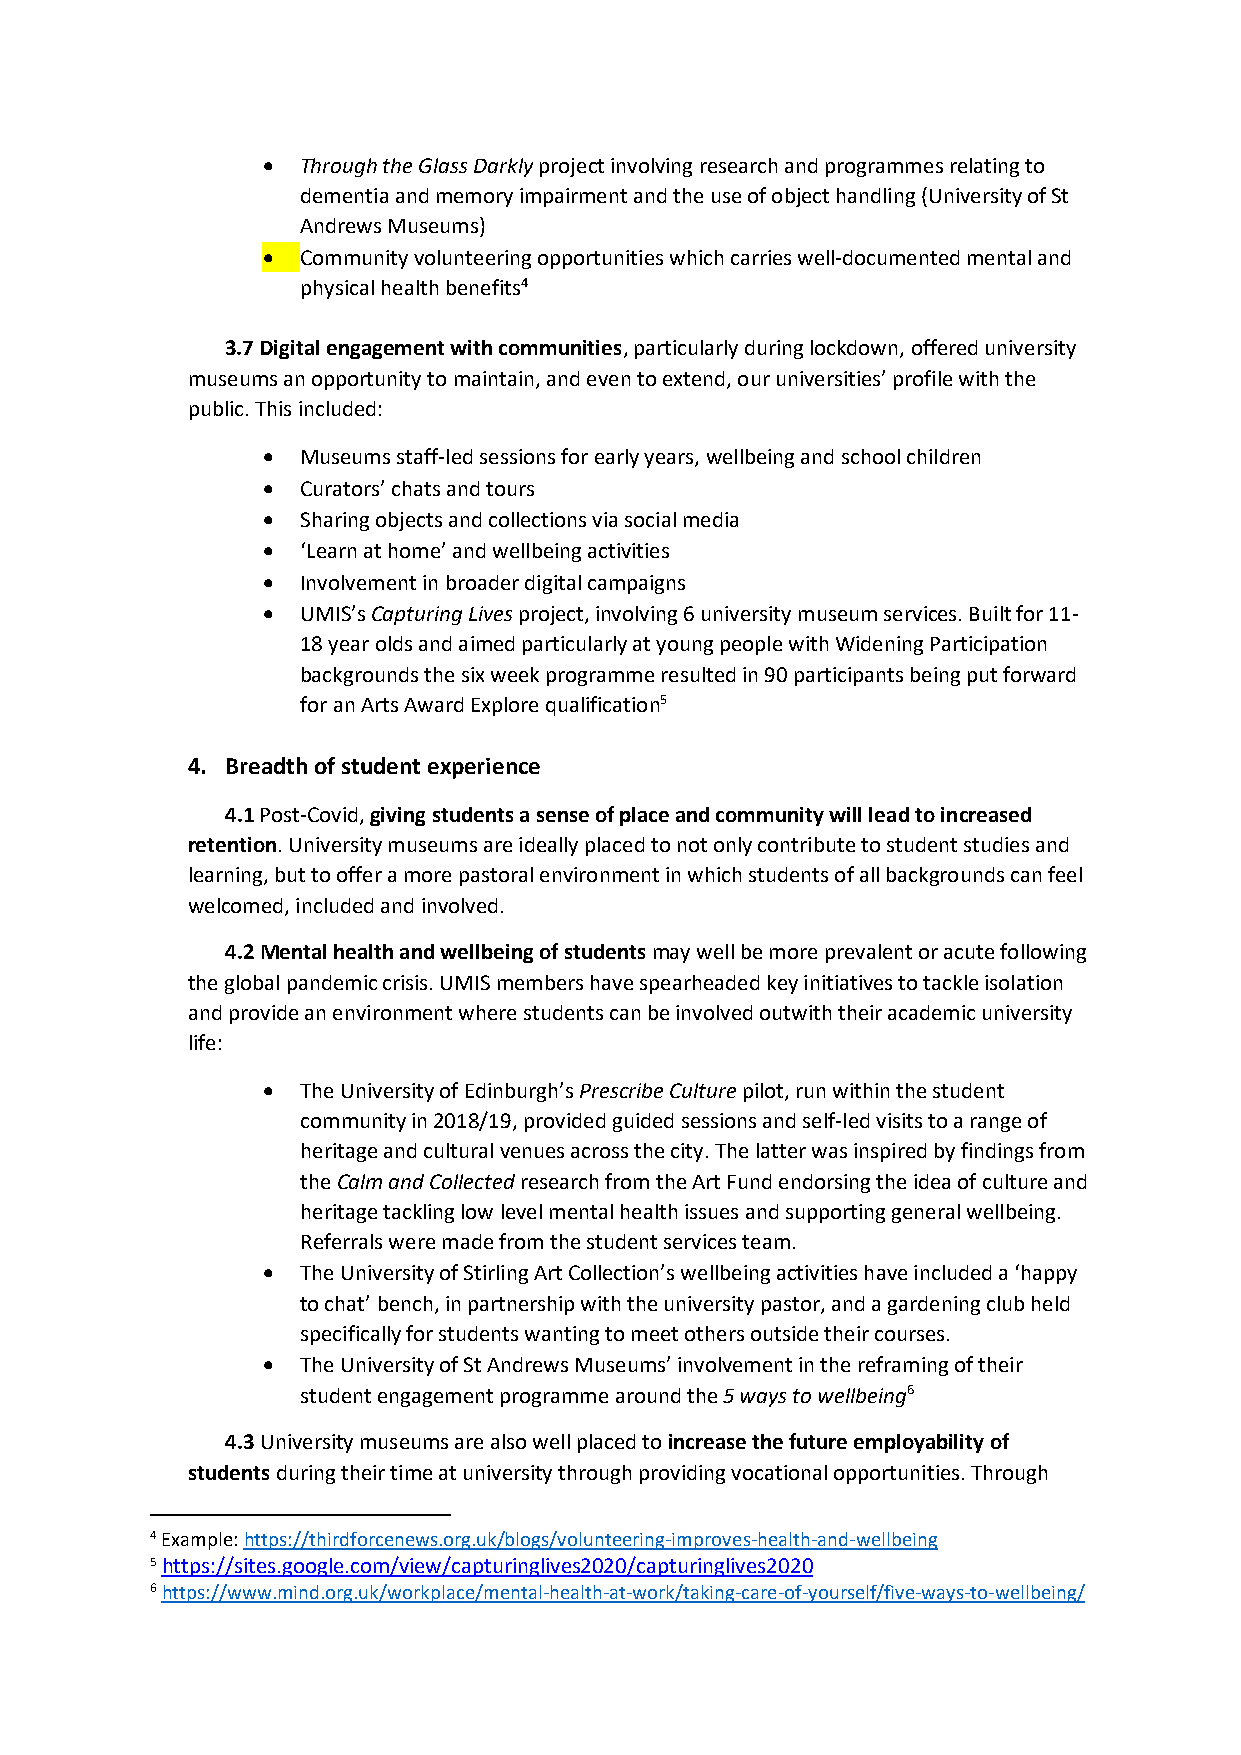
  Through the Glass Darkly project involving research and programmes relating to
 dementia and memory impairment and the use of object handling (University of St
 Andrews Museums)
   Community volunteering opportunities which carries well-documented mental and
 physical health benefits4
 3.7 Digital engagement with communities, particularly during lockdown, offered university
 museums an opportunity to maintain, and even to extend, our universities’ profile with the
 public. This included:
   Museums staff-led sessions for early years, wellbeing and school children
   Curators’ chats and tours
   Sharing objects and collections via social media
   ‘Learn at home’ and wellbeing activities
   Involvement in broader digital campaigns
   UMIS’s Capturing Lives project, involving 6 university museum services. Built for 11-
 18 year olds and aimed particularly at young people with Widening Participation
 backgrounds the six week programme resulted in 90 participants being put forward
 for an Arts Award Explore qualification5
 4. Breadth of student experience
 4.1 Post-Covid, giving students a sense of place and community will lead to increased
 retention. University museums are ideally placed to not only contribute to student studies and
 learning, but to offer a more pastoral environment in which students of all backgrounds can feel
 welcomed, included and involved.
 4.2 Mental health and wellbeing of students may well be more prevalent or acute following
 the global pandemic crisis. UMIS members have spearheaded key initiatives to tackle isolation
 and provide an environment where students can be involved outwith their academic university
 life:
   The University of Edinburgh’s Prescribe Culture pilot, run within the student
 community in 2018/19, provided guided sessions and self-led visits to a range of
 heritage and cultural venues across the city. The latter was inspired by findings from
 the Calm and Collected research from the Art Fund endorsing the idea of culture and
 heritage tackling low level mental health issues and supporting general wellbeing.
 Referrals were made from the student services team.
   The University of Stirling Art Collection’s wellbeing activities have included a ‘happy
 to chat’ bench, in partnership with the university pastor, and a gardening club held
 specifically for students wanting to meet others outside their courses.
   The University of St Andrews Museums’ involvement in the reframing of their
 student engagement programme around the 5 ways to wellbeing6
 4.3 University museums are also well placed to increase the future employability of
 students during their time at university through providing vocational opportunities. Through
 4 Example: https://thirdforcenews.org.uk/blogs/volunteering-improves-health-and-wellbeing
 5 https://sites.google.com/view/capturinglives2020/capturinglives2020
 6 https://www.mind.org.uk/workplace/mental-health-at-work/taking-care-of-yourself/five-ways-to-wellbeing/